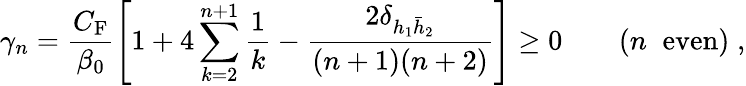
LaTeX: \gamma_{n}=\frac{C_{\mathrm{F}}}{\beta_{0}}\left[1+4\sum_{k=2}^{n+1}\frac{1}{k}-\frac{2\delta_{h_{1}{\bar{h}}_{2}}}{(n+1)(n+2)}\right]\geq 0\quad\quad(n\; \; \mathrm{even})\; ,